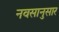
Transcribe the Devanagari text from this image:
नवसानुसार